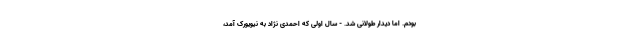
بودم. اما دیدار طولانی شد. - سال اولی که احمدی نژاد به نیویورک آمد،